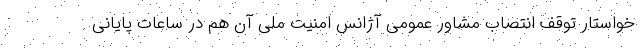
خواستار توقف انتصاب مشاور عمومی آژانس امنیت ملی آن هم در ساعات پایانی